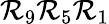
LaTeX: \mathcal{R}_{9}\mathcal{R}_{5}\mathcal{R}_{1}